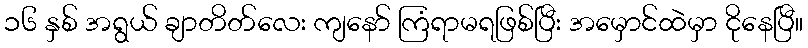
၁၆ နှစ် အရွယ် ချာတိတ်လေး ကျနော် ကြံရာမရဖြစ်ပြီး အမှောင်ထဲမှာ ငိုနေပြီ။